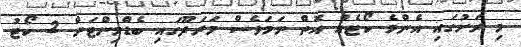
މި ރަށުގައި އެންމެ ކޯޓެއް އޮތް ނަމަވެސް މަރަދޫގައި ބެޑްމިންޓަން 2 ކޯޓު